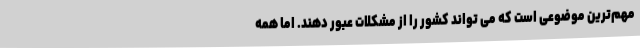
مهم‌ترین موضوعی است که می تواند کشور را از مشکلات عبور دهند. اما همه